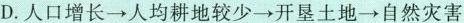
D.人口增长→人均耕地较少→开垦土地→自然灾害